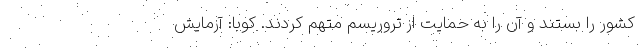
کشور را بستند و آن را به حمایت از تروریسم متهم کردند. کوبا: آزمایش